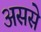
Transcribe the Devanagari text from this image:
अससे